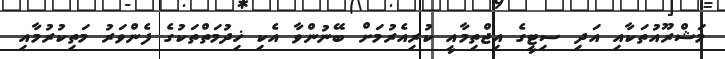
މަޝްރޫއުތަކާއި އަދި ސިޓީގެ އިޖްތިމާއީ ކުރިއެރުމަށް ބޭނުންވާ އެކި ޚިދުމަތްތަކުގެ ފެންވަރު މަތިކުރުމާއި